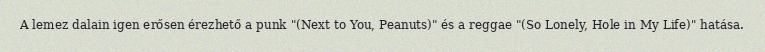
A lemez dalain igen erősen érezhető a punk "(Next to You, Peanuts)" és a reggae "(So Lonely, Hole in My Life)" hatása.